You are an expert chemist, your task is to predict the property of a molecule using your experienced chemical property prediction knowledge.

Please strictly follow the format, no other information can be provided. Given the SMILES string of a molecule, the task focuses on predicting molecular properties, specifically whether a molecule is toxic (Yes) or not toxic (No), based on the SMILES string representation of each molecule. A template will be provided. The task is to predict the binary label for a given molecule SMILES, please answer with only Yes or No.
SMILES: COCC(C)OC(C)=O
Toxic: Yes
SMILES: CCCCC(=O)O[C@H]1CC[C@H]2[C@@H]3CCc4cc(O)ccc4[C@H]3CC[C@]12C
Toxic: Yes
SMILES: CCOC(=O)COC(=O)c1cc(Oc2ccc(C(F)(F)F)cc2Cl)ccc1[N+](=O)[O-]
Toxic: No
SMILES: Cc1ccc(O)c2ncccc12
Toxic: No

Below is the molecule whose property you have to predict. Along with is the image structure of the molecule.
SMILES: C1CCC2=NCCCN2CC1
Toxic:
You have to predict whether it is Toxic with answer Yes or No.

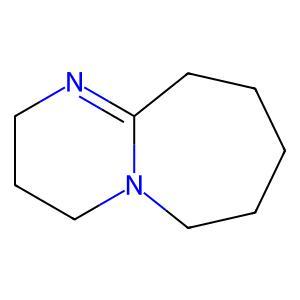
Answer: No